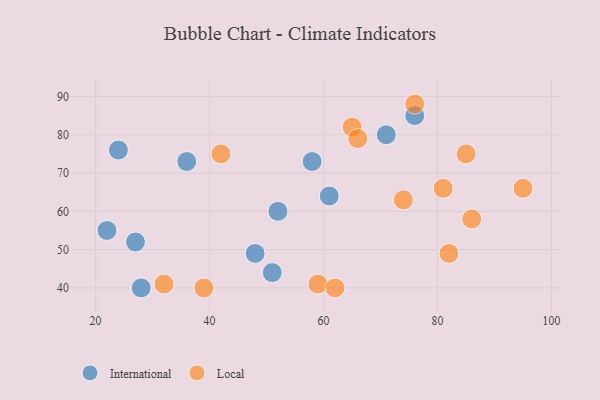
{"axis": {"x": "GDP", "y": "Life Expectancy"}, "legend": ["International", "Local"], "data": [{"x": "52", "y": 60, "type": "International"}, {"x": "76", "y": 85, "type": "International"}, {"x": "36", "y": 73, "type": "International"}, {"x": "71", "y": 80, "type": "International"}, {"x": "58", "y": 73, "type": "International"}, {"x": "22", "y": 55, "type": "International"}, {"x": "61", "y": 64, "type": "International"}, {"x": "27", "y": 52, "type": "International"}, {"x": "51", "y": 44, "type": "International"}, {"x": "28", "y": 40, "type": "International"}, {"x": "24", "y": 76, "type": "International"}, {"x": "48", "y": 49, "type": "International"}, {"x": "65", "y": 82, "type": "Local"}, {"x": "66", "y": 79, "type": "Local"}, {"x": "85", "y": 75, "type": "Local"}, {"x": "81", "y": 66, "type": "Local"}, {"x": "32", "y": 41, "type": "Local"}, {"x": "86", "y": 58, "type": "Local"}, {"x": "95", "y": 66, "type": "Local"}, {"x": "42", "y": 75, "type": "Local"}, {"x": "59", "y": 41, "type": "Local"}, {"x": "39", "y": 40, "type": "Local"}, {"x": "76", "y": 88, "type": "Local"}, {"x": "62", "y": 40, "type": "Local"}, {"x": "74", "y": 63, "type": "Local"}, {"x": "82", "y": 49, "type": "Local"}]}